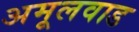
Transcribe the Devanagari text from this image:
अमूलवाड